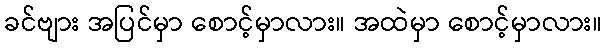
ခင်ဗျား အပြင်မှာ စောင့်မှာလား။ အထဲမှာ စောင့်မှာလား။